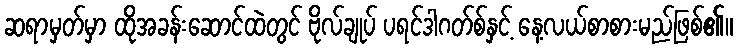
ဆရာမှတ်မှာ ထိုအခန်းဆောင်ထဲတွင် ဗိုလ်ချုပ် ပရင်ဒါဂတ်စ်နှင့် နေ့လယ်စာစားမည်ဖြစ်၏။